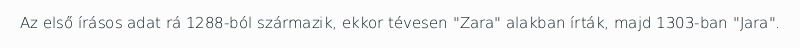
Az első írásos adat rá 1288-ból származik, ekkor tévesen "Zara" alakban írták, majd 1303-ban "Jara".